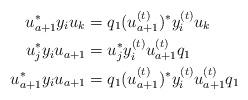
LaTeX: \begin{align*}u_{a+1}^* y_i u_k &= q_1 (u_{a+1}^{(t)})^* y_i^{(t)} u_k\\u_j^* y_i u_{a+1} & = u_j^* y_i^{(t)} u_{a+1}^{(t)} q_1\\u_{a+1}^* y_i u_{a+1} & = q_1(u_{a+1}^{(t)})^* y_i^{(t)} u_{a+1}^{(t)} q_1\end{align*}